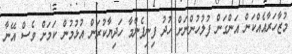
މުޒާހަރާއެއްކަން އަންގަން ފުލުހުންނަށް ހުދު ފިނިފެންމާ ހަދިޔާކުރަން އުޅުމުން ކަމަށް ވެސް އޭނާ